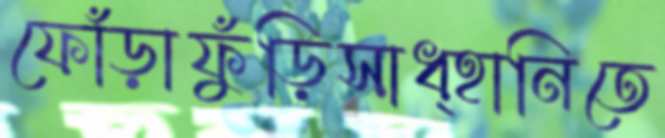
ফোঁড়াফুঁড়িসাধ্‌হানিতে